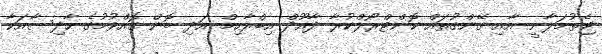
ޖެތުމަލާނީ އާއި ގޭންގުތައް ކޮންޓްރޯލްކުރާ ދާއޫދް އިބްރާހިމް އަދި ބޮން ގޮއްވުމުގެ ހާދިސާއަކާ